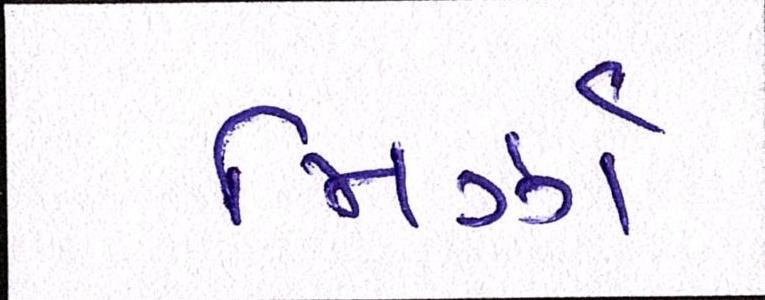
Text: મિર્ઝા